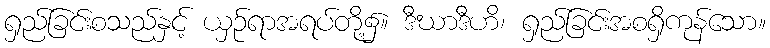
ရှည်ခြင်းစသည်နှင့် ယှဉ်ရာအရပ်တို့၌။ ဒီဃာဒီဟိ၊ ရှည်ခြင်းအစရှိကုန်သော။